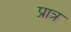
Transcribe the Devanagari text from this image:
प्रात्र